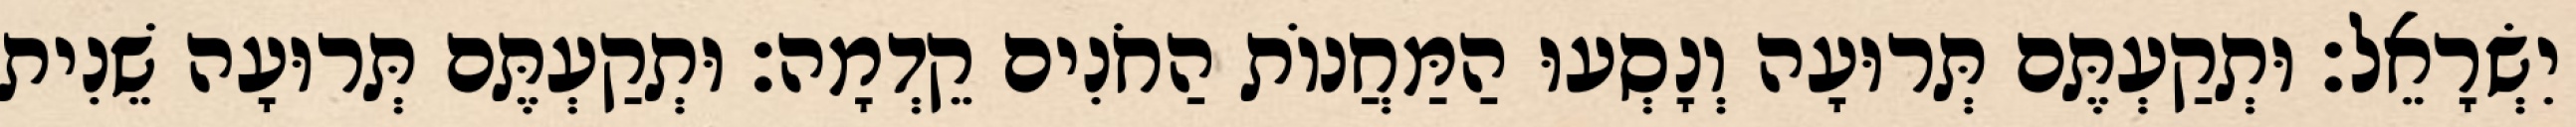
יִשְׂרָאֵל׃ וּתְקַעְתֶּם תְּרוּעָה וְנָסְעוּ הַמַּחֲנוֹת הַחֹנִים קֵדְמָה׃ וּתְקַעְתֶּם תְּרוּעָה שֵׁנִית